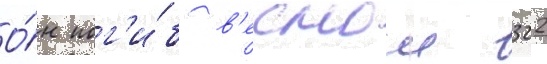
О́н пог'и́б в'еснои 322